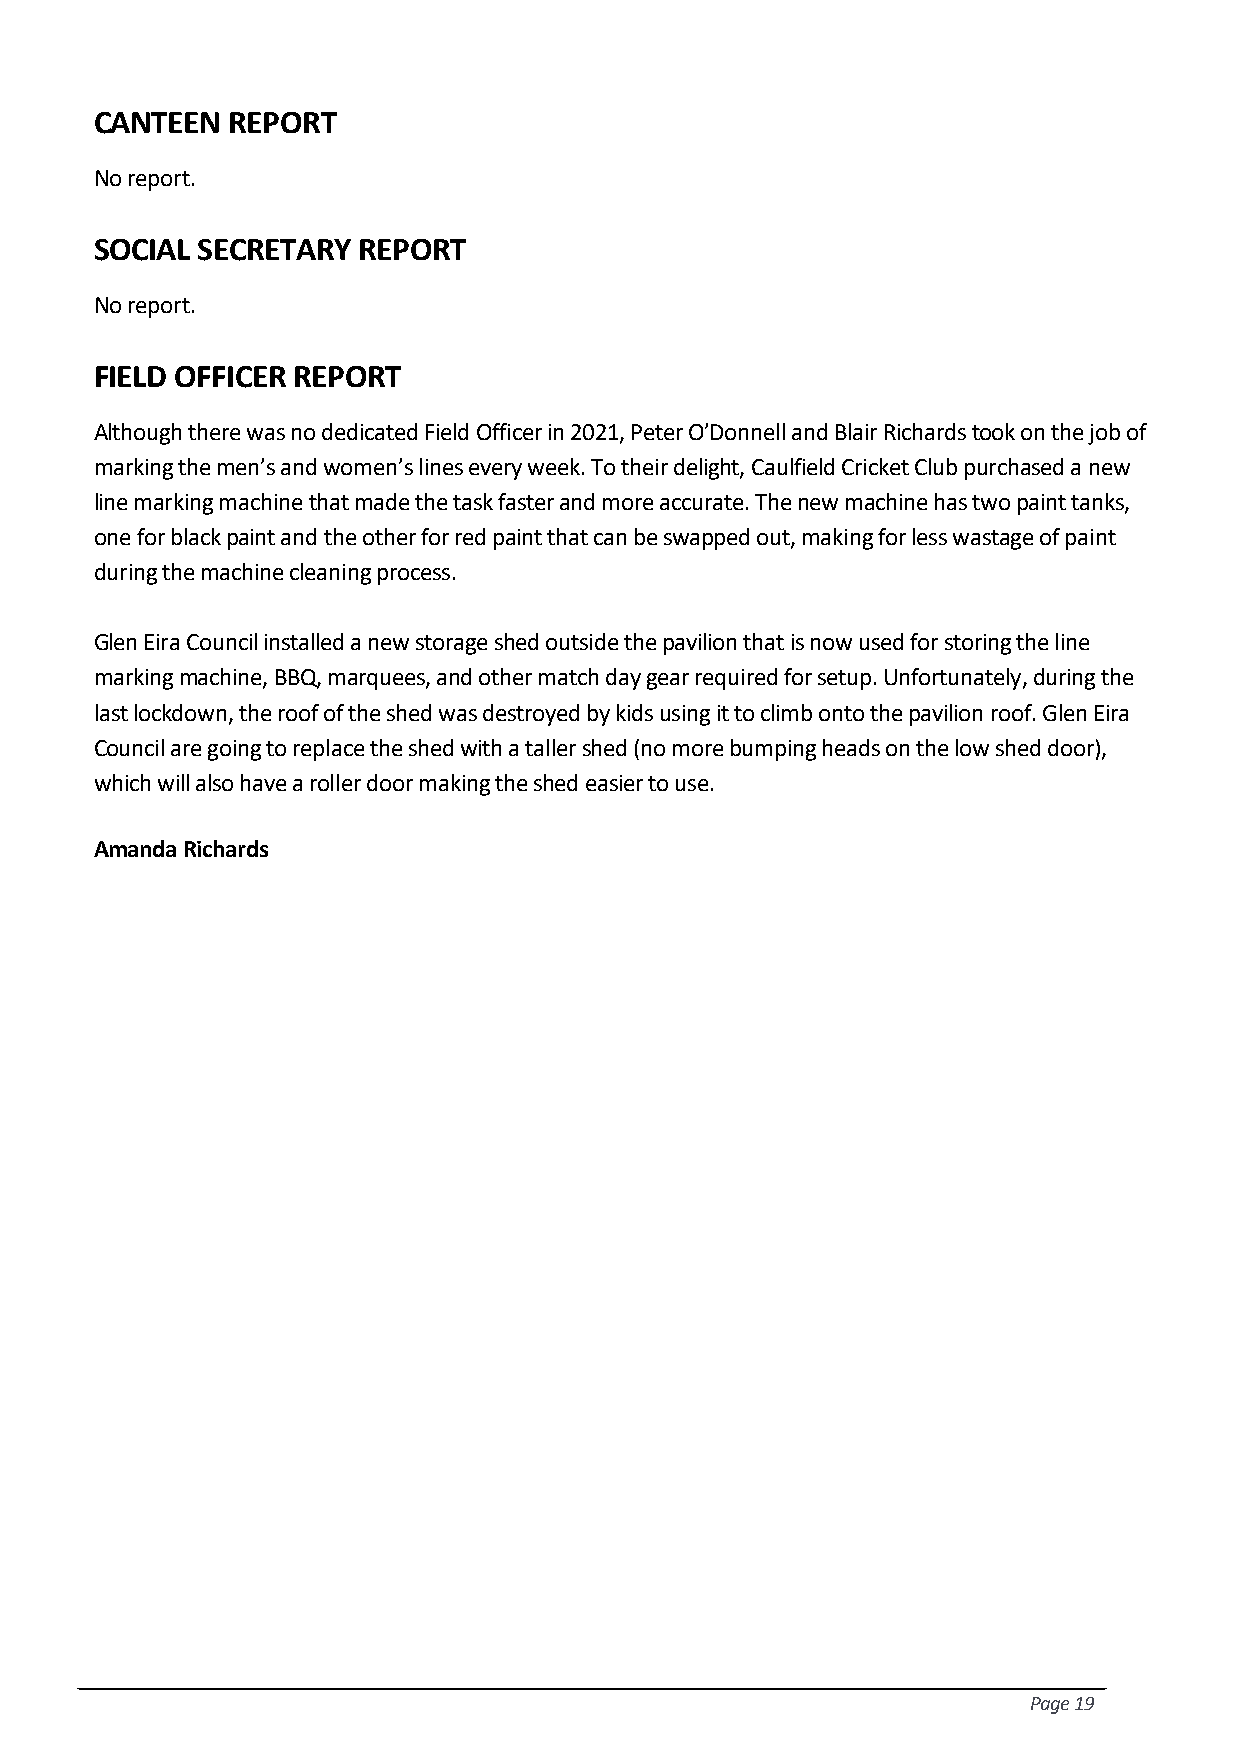
CANTEEN  REPORT
 No report.
 SOCIAL SECRETARY  REPORT
 No report.
 FIELD OFFICER REPORT
 Although there was no dedicated Field Officer in 2021, Peter O’Donnell and Blair Richards took on the job of
 marking the men’s and women’s lines every week. To their delight, Caulfield Cricket Club purchased a new
 line marking machine that made the task faster and more accurate. The new machine has two paint tanks,
 one for black paint and the other for red paint that can be swapped out, making for less wastage of paint
 during the machine cleaning process.
 Glen Eira Council installed a new storage shed outside the pavilion that is now used for storing the line
 marking machine, BBQ, marquees, and other match day gear required for setup. Unfortunately, during the
 last lockdown, the roof of the shed was destroyed by kids using it to climb onto the pavilion roof. Glen Eira
 Council are going to replace the shed with a taller shed (no more bumping heads on the low shed door),
 which will also have a roller door making the shed easier to use.
 Amanda Richards
 Page 19